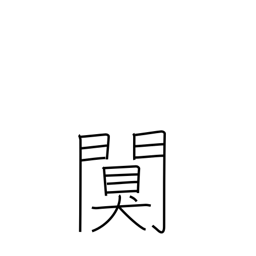
Meaning: quiet